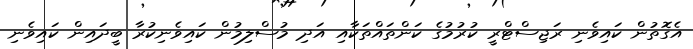
އެގޮތުން ކައިވެނި ރަޖިސްޓްރީ ކުރުމުގެ ކަންތައްތަކާއި އަދި މުސްލިމުން ކައިވެނިކުރާ ބީދައިން ކައިވެނި